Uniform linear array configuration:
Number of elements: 12
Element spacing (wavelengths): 0.5
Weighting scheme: exponential
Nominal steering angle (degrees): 60
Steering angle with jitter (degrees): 58.398
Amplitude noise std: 0.05
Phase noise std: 0.05

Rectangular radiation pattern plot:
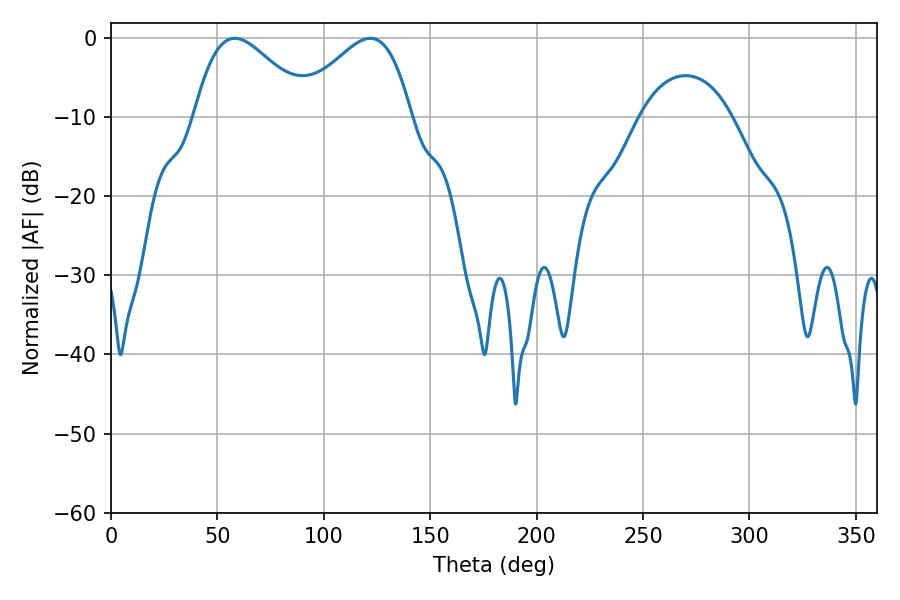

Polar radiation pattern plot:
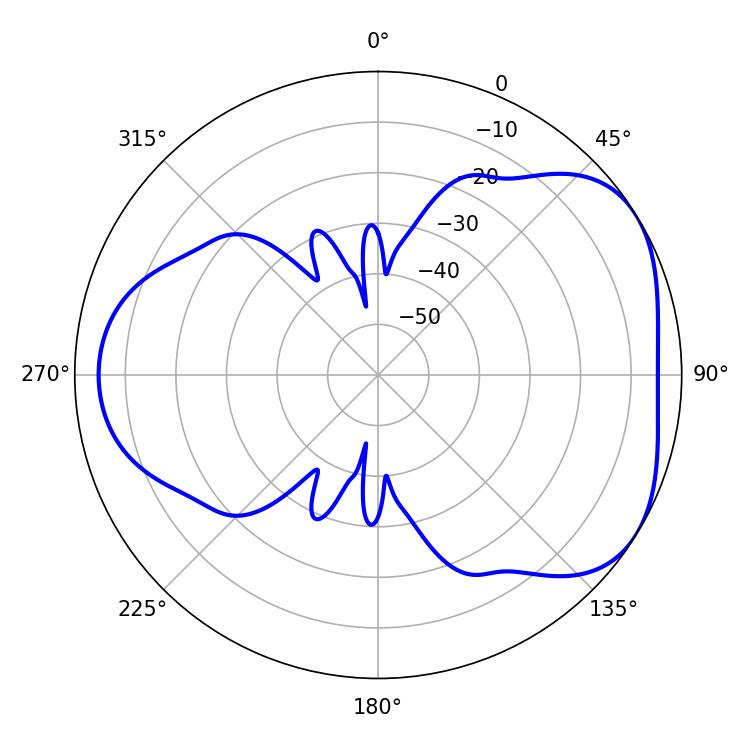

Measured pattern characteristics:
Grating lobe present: FALSE
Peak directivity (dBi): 4.299
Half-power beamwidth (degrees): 28.8
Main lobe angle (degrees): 58.14